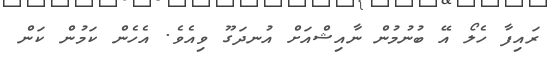
ރައިފާ ހެލޯ އޭ ބުނުމުން ނާއިޝްއަށް އުނދަގޫ ވިއެވެ. އެހެން ކަމުން ކަން